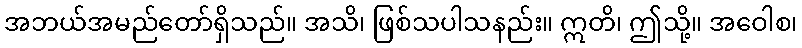
အဘယ်အမည်တော်ရှိသည်။ အသိ၊ ဖြစ်သပါသနည်း။ ဣတိ၊ ဤသို့။ အဝေါစ၊